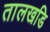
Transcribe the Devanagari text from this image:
तालखडि